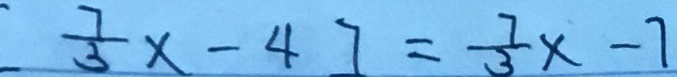
[ \frac { 7 } { 3 } x - 4 ] = \frac { 7 } { 3 } x - 7